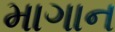
માગાન